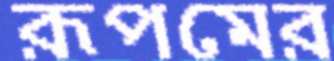
রূপমের